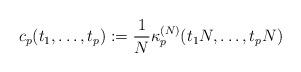
LaTeX: \begin{align*}c_p(t_1, \ldots, t_p):= \frac{1}{N}\* \kappa_p^{(N)}(t_1\*N, \ldots, t_p\*N)\end{align*}